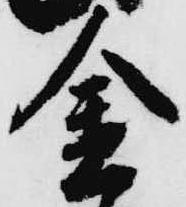
金